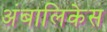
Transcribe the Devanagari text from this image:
अंबालिकेस